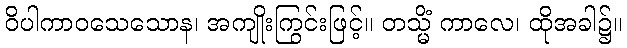
ဝိပါကာဝသေသောန၊ အကျိုးကြွင်းဖြင့်။ တသ္မိံ ကာလေ၊ ထိုအခါ၌။